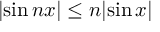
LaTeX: | \! \sin n x | \leq n | \! \sin x |